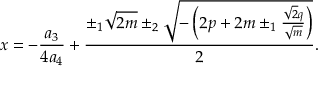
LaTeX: x = - { \frac { a _ { 3 } } { 4 a _ { 4 } } } + { \frac { \pm _ { 1 } { \sqrt { 2 m } } \pm _ { 2 } { \sqrt { - \left( 2 p + 2 m \pm _ { 1 } { \frac { { \sqrt { 2 } } q } { \sqrt { m } } } \right) } } } { 2 } } .